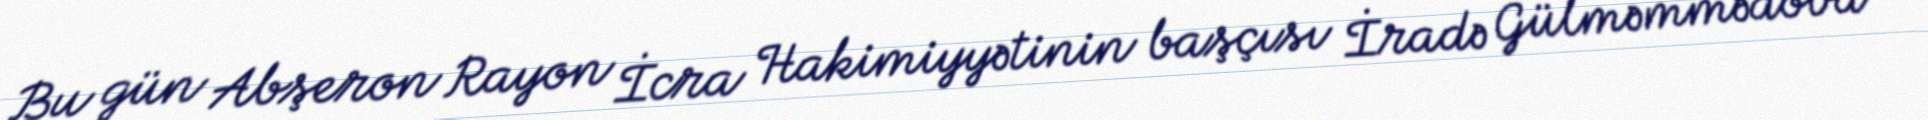
Bu gün Abşeron Rayon İcra Hakimiyyətinin başçısı İradə Gülməmmədova